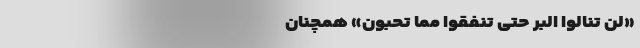
«لَنْ تَنالُوا الْبِرَّ حَتَّی تُنْفِقُوا مِمَّا تُحِبُّونَ» همچنان